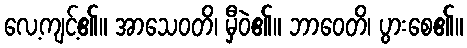
လေ့ကျင့်၏။ အာသေဝတိ၊ မှီဝဲ၏။ ဘာဝေတိ၊ ပွားစေ၏။